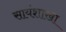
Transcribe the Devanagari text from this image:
सायंशाखा